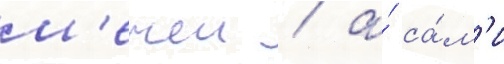
м'ечеи / а́ са́м'и